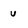
Character: u